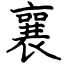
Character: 襄